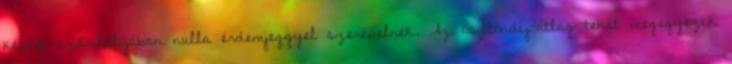
képlet számlálójában nulla érdemjeggyel szerepelnek. Az ösztöndíj-átlag tehát megegyezik